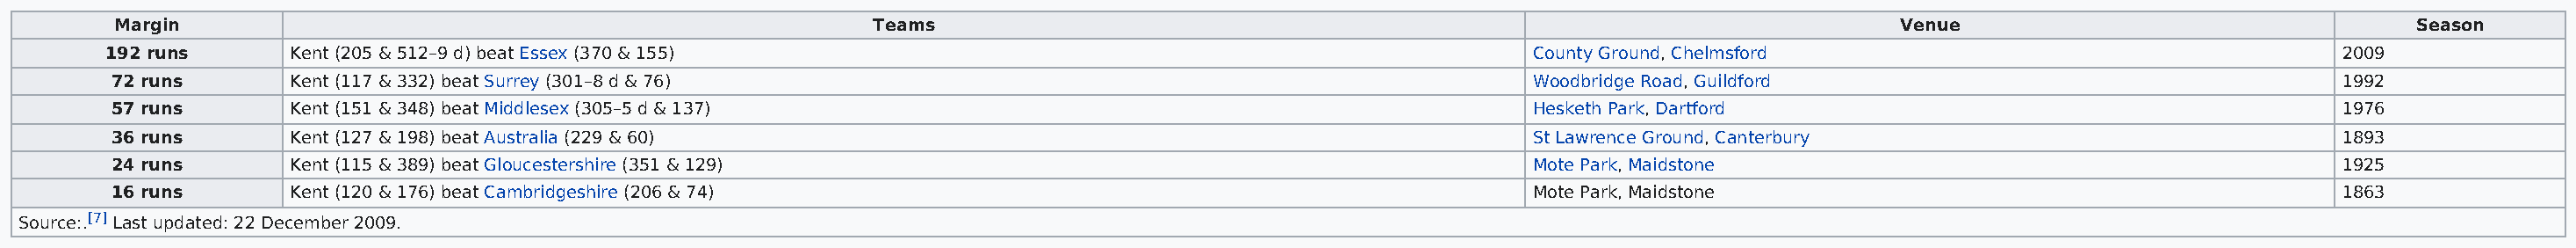
Margin                                                   Teams                                                                        Venue                                  Season
 192 runs      Kent (205 & 512–9 d) beat Essex (370 & 155)                                                   County Ground, Chelmsford                                    2009
 72 runs       Kent (117 & 332) beat Surrey (301–8 d & 76)                                                   Woodbridge Road, Guildford                                   1992
 57 runs       Kent (151 & 348) beat Middlesex (305–5 d & 137)                                               Hesketh Park, Dartford                                       1976
 36 runs       Kent (127 & 198) beat Australia (229 & 60)                                                    St Lawrence Ground, Canterbury                               1893
 24 runs       Kent (115 & 389) beat Gloucestershire (351 & 129)                                             Mote Park, Maidstone                                         1925
 16 runs       Kent (120 & 176) beat Cambridgeshire (206 & 74)                                               Mote Park, Maidstone                                         1863
 Source:.[7] Last updated: 22 December 2009.